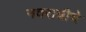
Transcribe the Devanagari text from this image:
नवरात्रीचे